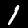
Digit: 1